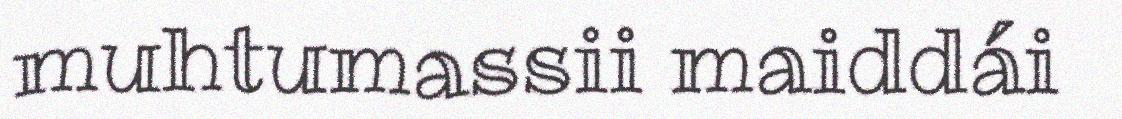
muhtumassii maiddái